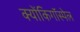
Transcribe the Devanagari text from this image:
क्योंकिगॉस्पेल